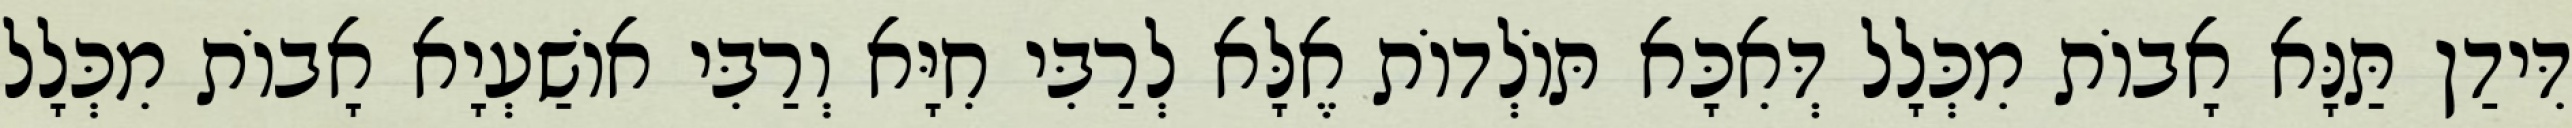
דִּידַן תַּנָּא אָבוֹת מִכְּלָל דְּאִכָּא תּוֹלְדוֹת אֶלָּא לְרַבִּי חִיָּא וְרַבִּי אוֹשַׁעְיָא אָבוֹת מִכְּלָל